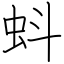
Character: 蚪